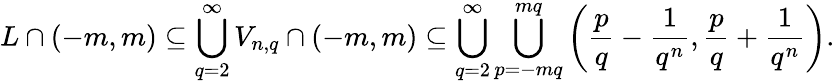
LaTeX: L\cap(-m,m)\subseteq\bigcup_{q=2}^{\infty}V_{n,q}\cap(-m,m)\subseteq\bigcup_{q=2}^{\infty}\bigcup_{p=-mq}^{mq}\left({\frac{p}{q}}-{\frac{1}{q^{n}}},{\frac{p}{q}}+{\frac{1}{q^{n}}}\right).